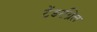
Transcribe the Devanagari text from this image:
टेंडरग्रिल